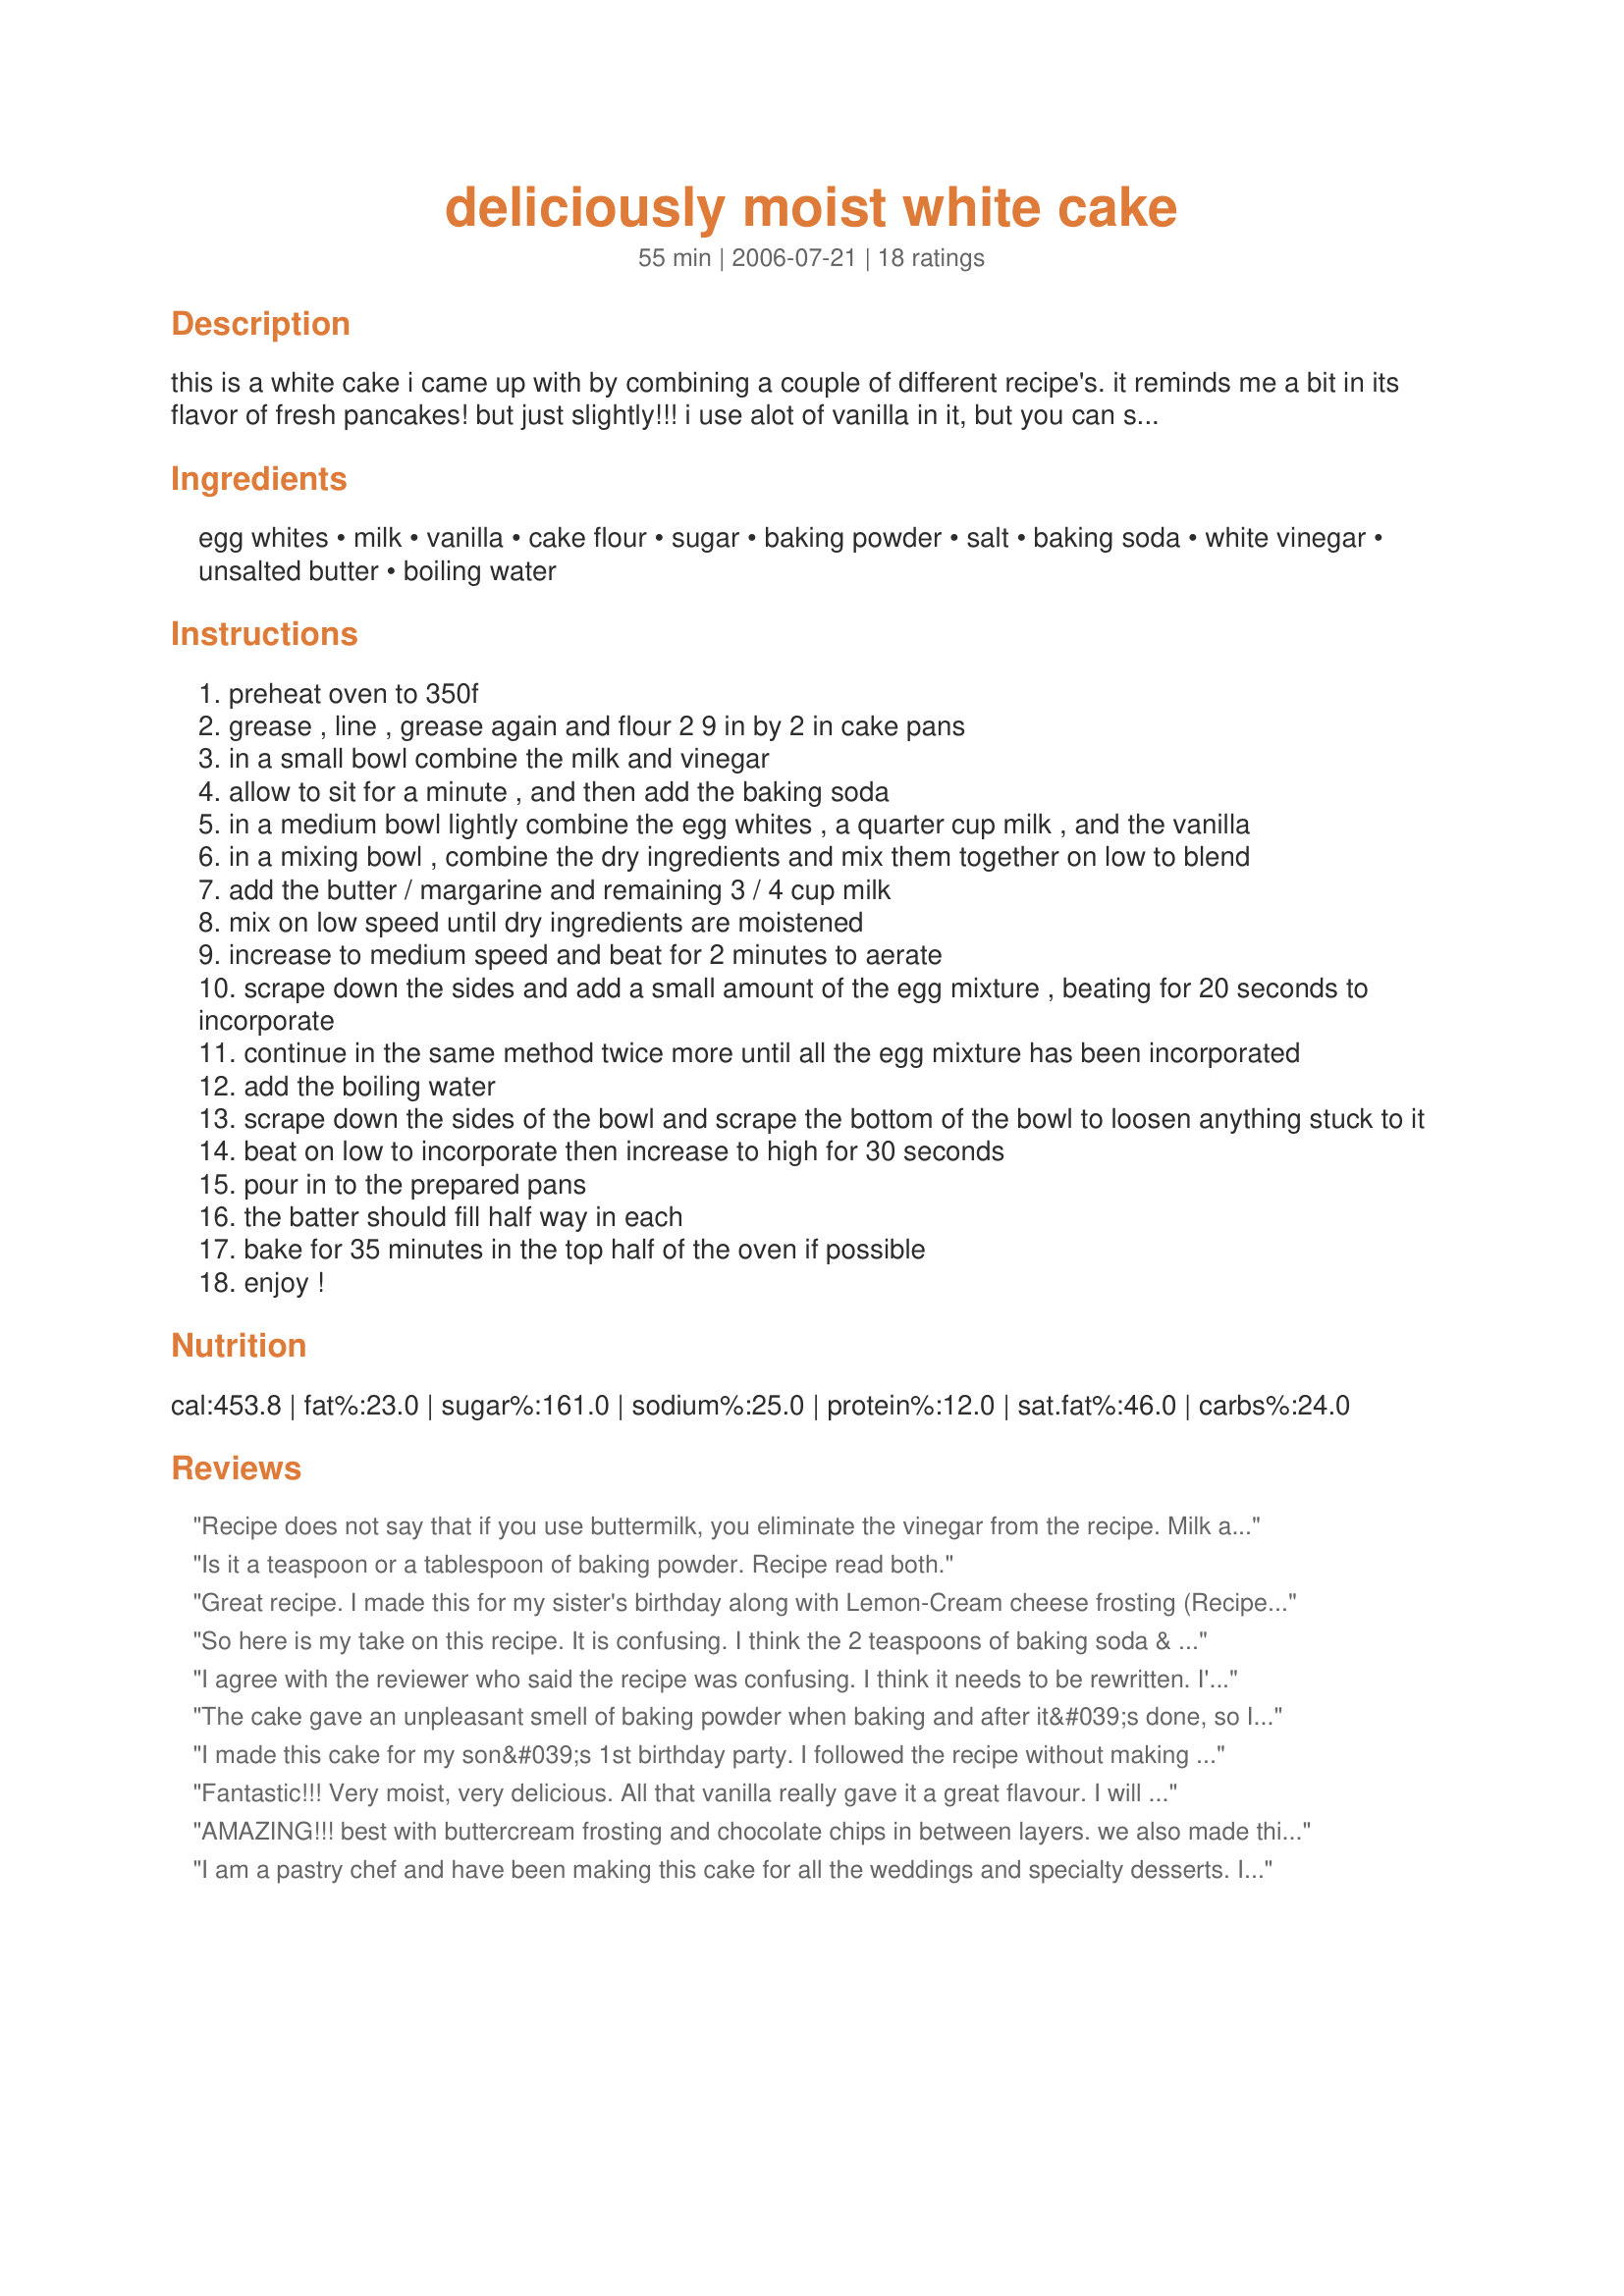
deliciously moist white cake
Preparation time: 55 minutes

this is a white cake i came up with by combining a couple of different recipe's. it reminds me a bit in its flavor of fresh pancakes! but just slightly!!! i use alot of vanilla in it, but you can substitute the vanilla for part vanilla part almond extract - part rum flavoring!! (yum!!!) or you can just put in less vanilla! i've done it all those ways, and each way comes out spectacular! when you take it out of the oven don't eat it right away!!! it needs to sit until its cool and thats when it will have the best flavor. hope you enjoy!!!

Ingredients:
egg whites, milk, vanilla, cake flour, sugar, baking powder, salt, baking soda, white vinegar, unsalted butter, boiling water

Steps:
preheat oven to 350f
grease , line , grease again and flour 2 9 in by 2 in cake pans
in a small bowl combine the milk and vinegar
allow to sit for a minute , and then add the baking soda
in a medium bowl lightly combine the egg whites , a quarter cup milk , and the vanilla
in a mixing bowl , combine the dry ingredients and mix them together on low to blend
add the butter / margarine and remaining 3 / 4 cup milk
mix on low speed until dry ingredients are moistened
increase to medium speed and beat for 2 minutes to aerate
scrape down the sides and add a small amount of the egg mixture , beating for 20 seconds to incorporate
continue in the same method twice more until all the egg mixture has been incorporated
add the boiling water
scrape down the sides of the bowl and scrape the bottom of the bowl to loosen anything stuck to it
beat on low to incorporate then increase to high for 30 seconds
pour in to the prepared pans
the batter should fill half way in each
bake for 35 minutes in the top half of the oven if possible
enjoy !

Reviews:
Recipe does not say that if you use buttermilk, you eliminate the vinegar from the recipe. Milk and vinegar mixture is a buttermilk substitute. Also 4 tsp baking powder (which is 1 tbsp 1 tsp ) AND 2 tsp baking soda is so so much leaveners for the amount of flour used... for 3 cups sifted maximum needed will be 2 tsp BP and 1/2 tsp BS if using buttermilk (or milk and vinegar) ... or 4 tsp baking powder if milk is used alone... remember that 1/2 teaspoon baking soda is a substitute for 2 tsp baking powder if acid is used in a recipe.....this is a modification of the Rose Levy White velvet but she does not use the water...
Is it a teaspoon or a tablespoon of baking powder. Recipe read both.
Great recipe. I made this for my sister's birthday along with Lemon-Cream cheese frosting (Recipe #70860) and it was amazing and everyone LOVED it.

Update: I have made this recipe a few times now, and think the correct amount of baking powder is 1 Tbsp.
So here is my take on this recipe. It is confusing. I think the 2 teaspoons of baking soda & the 2 teaspoons of vinegar are to be used to sour the milk. Here is what I have done the 3 times that I have made it & it came out delicious each time. I use buttermilk so then I omit the soda & vinegar, this makes #3 in the directions unnecessary. So if using buttermilk, it is step 1, 2, 4, 5, etc. I have made it in a 9 x 12 & bake for just 35 minutes. I have had no issues with the tablespoon teaspoon of baking powder, I think that part is correct, this cake needs that much. I used 3 cups of sifted WhiteLily flour, instead of cake flour,measuring after sifting. Hope this helps.
I agree with the reviewer who said the recipe was confusing. I think it needs to be rewritten. I'm guessing that the vinegar and milk in total get mixed together and then that mixture is what gets split into two parts and added separately. Also, I don't know why the baking powder is listed the way it is in the ingredients. If it's 1 T and 1 tsp you need, put it on the same line so we don't think it's a mistake. Lastly, I followed the recipe and all seemed well, but then when I added the 1 C. boiling water, I started to panic because the batter got incredibly soupy to the point where I wouldn't even call it batter anymore! I crossed my fingers, held my breath and put it in pans anyway, baking it for 35 minutes, and it came out fine. Whew! It would've been nice to be forewarned about that!
The cake gave an unpleasant smell of baking powder when baking and after it&#039;s done, so I would definitely cut down the amount of baking powder by half as advised by one of the reviewers.
I made this cake for my son&#039;s 1st birthday party. I followed the recipe without making any changes. It tasted good but I was expecting more of a white cake and this seemed more like a yellow cake to us.
Fantastic!!! Very moist, very delicious. All that vanilla really gave it a great flavour. I will make this again and again. Thanks!
AMAZING!!! best with buttercream frosting and chocolate chips in between layers. we also made this into funfetti by puting rainbow sprinkles into the batter.

the only thing we were a little confused about was the amount of baking powder to use. we used 1 and 1/2 tsp and it was amazing but how much should we have used?
I am a pastry chef and have been making this cake for all the weddings and specialty desserts. I have had rave reviews, and all have said that this was the best white cake they've ever had!!! I will never stop making this cake!! Thank you
The texture was great. However, mine ended up tasting and looking more like cornbread than a white cake.
This cake is absoluetly awesome!! I made this about a month ago and people are still talking about it. I am actually making it again today for my daughter birthday. I would reccommend this cake to anyone!!!! It taste great, its actually pretty easy...and the end result is amazing!!
I had high hopes for this recipe but was dissapointed. It was confusing to say the least. About the milk in this recipe....Step 3 says "combine milk and vinegar". It did not say how much. Step 4 says "combine egg whites and 1/4 cup milk". Then step 6 says "add remaining 3/4 cup milk". With Step 3, 4, and 6 saying to add milk, it comes out to more than the ingredient list ask for (1 cup)in the beginning. It never said when to add the "milk, vinegar and soda mixture". The recipe ingredient list has two listings for baking powder: 1 Tablespoon and 1 teaspoon, I used the 1 teaspoon. I have been baking for 45 years and did the best I could with this recipe. The cake was heavy, more like pound cake to me. The taste was not that great either. I won't make this cake again.
AMAZING!
It's fluffy, but sturdy, and moist but not wet.
Great recipe, will use it again!
I made this by the recipe exactly (using Buttermilk and dividing it into 1/4 and 3/4C increments), and still added only 1 tsp of vinegar, as well as a packet of vanilla pudding for moisture. This came out great! It looked soupy after adding in the boiling water, but it baked up with a rich texture and was incredibly moist. People raved about it. This is a keeper that I have added to my collection.
Excellent and easy. I followed the recipe exactly and baked it in a glass 13 x 9 dish for 35 min, left it in the pan, and iced it when it was cool to make cake squares. It was excellent. Moist like a cake mix but without the awful mix taste. Everyone raved. I put a simple boiled chocolate icing on top. I will definitely make this cake again. Perfect for a quick cake to make at home or to take on an outing, potluck, school activity, etc. Thanks for sharing.
So nice to finally find a recipe from scratch, so many call for a boxed cake and then modify it.
You need a proofreader. Very hard to follow ambiguous ingredients/directions.
